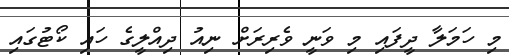
މި ހަމަލާ ދީފައި މި ވަނީ ވެރިރަށް ނިއު ދިއްލީގެ ހައި ކޯޓުގައި